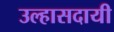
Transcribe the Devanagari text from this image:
उल्हासदायी